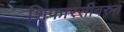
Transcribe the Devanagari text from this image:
शिफारसीवरुन